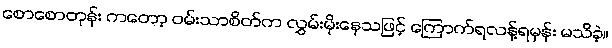
စောစောတုန်း ကတော့ ဝမ်းသာစိတ်က လွှမ်းမိုးနေသဖြင့် ကြောက်ရလန့်ရမှန်း မသိခဲ့။